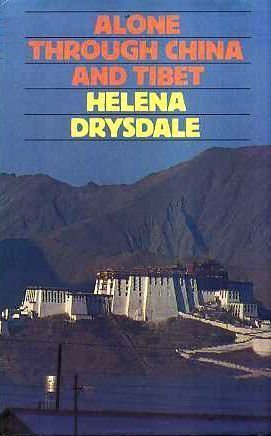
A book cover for Alone Through China and Tibet; Helena Drysdale; Travel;